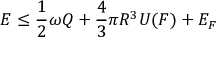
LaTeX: E \leq \frac { 1 } { 2 } \omega Q + \frac { 4 } { 3 } \pi R ^ { 3 } U ( F ) + E _ { F }